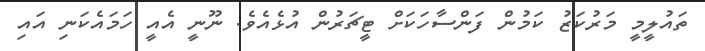
ތައުލީމީ މަރުކަޒު ކަމުން ފަންސާހަކަށް ޓީޗަރުން އުޅެއެވެ. ނޫނީ އެއީ ހަމައެކަނި އައި